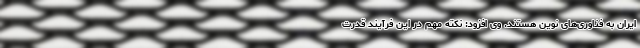
ایران به فناوری‌های نوین هستند. وی افزود: نکته مهم در این فرآیند قدرت